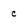
Character: c